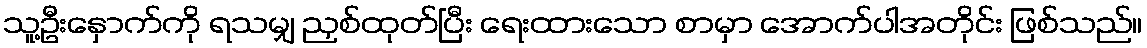
သူ့ဦးနှောက်ကို ရသမျှ ညှစ်ထုတ်ပြီး ရေးထားသော စာမှာ အောက်ပါအတိုင်း ဖြစ်သည်။